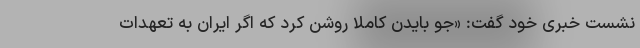
نشست خبری خود گفت: «جو بایدن کاملا روشن کرد که اگر ایران به تعهدات